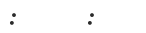
:      :